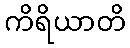
ကိရိယာတိ